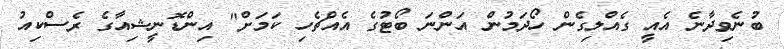
ބުނެވިދާނެ އެއީ ގެއްލިގެން ހޯދަމުން އަންނަ ބޯޓުގެ އެއްޗެހި ކަމަށް" އިންޑޮނީޝިއާގެ ރެސްކިއު